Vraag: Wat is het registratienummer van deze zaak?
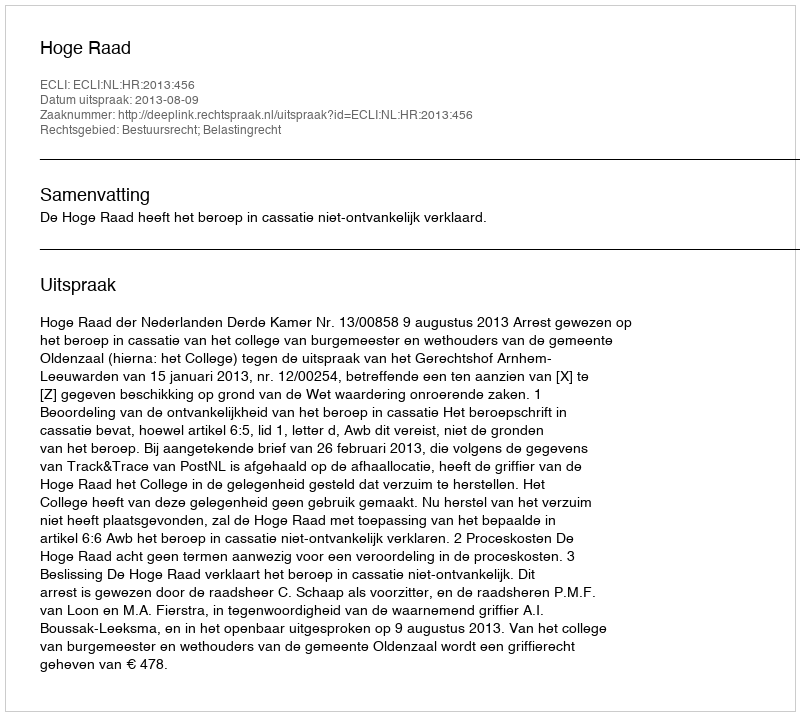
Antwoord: http://deeplink.rechtspraak.nl/uitspraak?id=ECLI:NL:HR:2013:456